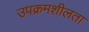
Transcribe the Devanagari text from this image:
उपक्रमशीलता